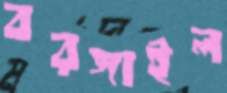
বরঙ্গাইল